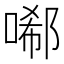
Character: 𠻑